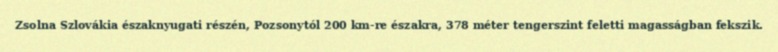
Zsolna Szlovákia északnyugati részén, Pozsonytól 200 km-re északra, 378 méter tengerszint feletti magasságban fekszik.